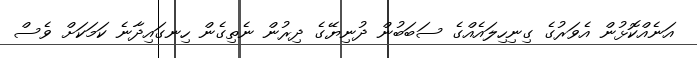
އަނެއްކޮޅުން އެވަރުގެ ގިނިހިލައެއްގެ ސަބަބުން ދުނިޔޭގެ ދިރުން ނެތިގެން ހިނގައިދާނެ ކަމަކަށް ވެސް